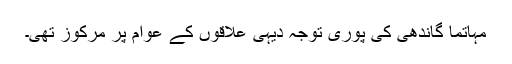
مہاتما گاندھی کی پوری توجہ دیہی علاقوں کے عوام پر مرکوز تھی۔